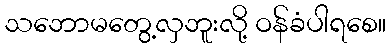
သဘောမတွေ့လှဘူးလို့ ဝန်ခံပါရစေ။